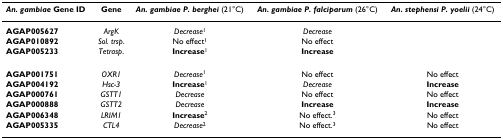
<table><thead><tr><td><b><i>An. gambiae </i>Gene ID</b></td><td><b>Gene</b></td><td><b><i>An. gambiae P. berghei </i>(21°C)</b></td><td><b><i>An. gambiae P. falciparum </i>(26°C)</b></td><td><b><i>An. stephensi P. yoelii </i>(24°C)</b></td></tr></thead><tbody><tr><td><b>AGAP005627</b></td><td><i>ArgK</i></td><td><i>Decrease</i><sup>1</sup></td><td><i>Decrease</i></td><td></td></tr><tr><td><b>AGAP010892</b></td><td><i>Sol. trsp</i>.</td><td>No effect<sup>1</sup></td><td>No effect</td><td></td></tr><tr><td><b>AGAP005233</b></td><td><i>Tetrasp</i>.</td><td><b>Increase</b><sup>1</sup></td><td><b>Increase</b></td><td></td></tr><tr><td><b>AGAP001751</b></td><td><i>OXR1</i></td><td><i>Decrease</i><sup>1</sup></td><td>No effect</td><td>No effect</td></tr><tr><td><b>AGAP004192</b></td><td><i>Hsc-3</i></td><td><b>Increase</b><sup>1</sup></td><td><i>Decrease</i></td><td><b>Increase</b></td></tr><tr><td><b>AGAP000761</b></td><td><i>GSTT1</i></td><td><i>Decrease</i></td><td>No effect</td><td>No effect</td></tr><tr><td><b>AGAP000888</b></td><td><i>GSTT2</i></td><td><i>Decrease</i></td><td><b>Increase</b></td><td><b>Increase</b></td></tr><tr><td><b>AGAP006348</b></td><td><i>LRIM1</i></td><td><b>Increase</b><sup>2</sup></td><td>No effect.<sup>3</sup></td><td>No effect</td></tr><tr><td><b>AGAP005335</b></td><td><i>CTL4</i></td><td><i>Decrease</i><sup>2</sup></td><td>No effect.<sup>3</sup></td><td>No effect</td></tr></tbody></table>